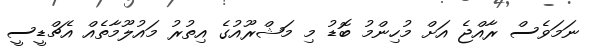
ނަމަވެސް ރާއްޖެ އަށް މުހިންމު ބޮޑު މި މަޝްރޫއުގެ އިތުރު މައުލޫމާތެއް އެޗްޑީސީ